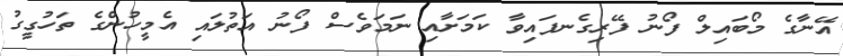
އޭނާގެ މޯބައިލް ފޯނު ފޭރިގެނފައިވާ ކަމަށާއި ނަމަވެސް ފޯނު އަތުލައި އެމީހުންގެ ތަހުގީގު